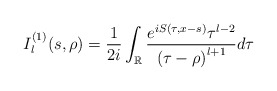
\begin{align*}I_{l}^{\left( 1\right) }(s,\rho)=\frac{1}{2i}\int_{\mathbb{R}}\frac{e^{iS(\tau,x-s)}\tau^{l-2}}{\left( \tau-\rho\right) ^{l+1}}d\tau\end{align*}